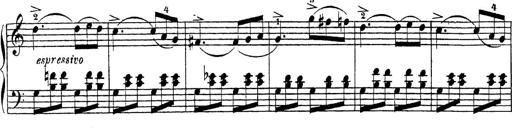
Title: 4 Sonatinas
Composer: Jacob Schmitt